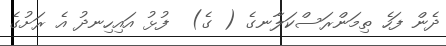
ދެން ފަހެ ތިމަންރަސްކަލާނގެ ( ގެ)  ފުޅު އައިހިނދު އެ ރަށުގެ